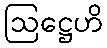
ဩဋ္ဌေဟိ